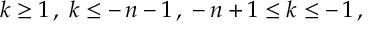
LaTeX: \: k \geq 1 \, , \; k \leq - \, n - 1 \, , \; - \, n + 1 \leq k \leq - \, 1 \, , \: